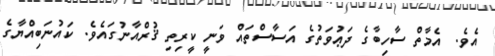
އެވެ. އެމާތް ސާހިބާގެ ދަޢުވަތުގެ އަސާސްތައް ވަނީ ކީރިތި ޤުރްއާނުގައެވެ. ކައުނަބިއްޔާގެ